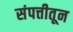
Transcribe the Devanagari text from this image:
संपत्तीतून